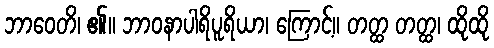
ဘာဝေတိ၊ ၏။ ဘာဝနာပါရိပူရိယာ၊ ကြောင့်။ တတ္ထ တတ္ထ၊ ထိုထို